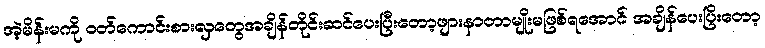
အဲ့မိန်းမကို ဝတ်ကောင်းစားလှတွေအချိန်တိုင်းဆင်ပေးပြီးတော့ဖျားနာတာမျိုးမဖြစ်ရအောင် အချိန်ပေးပြိးတော့